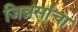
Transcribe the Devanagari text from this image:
जिन्नसांचा